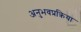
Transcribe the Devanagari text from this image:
अनुभवप्रक्रिया